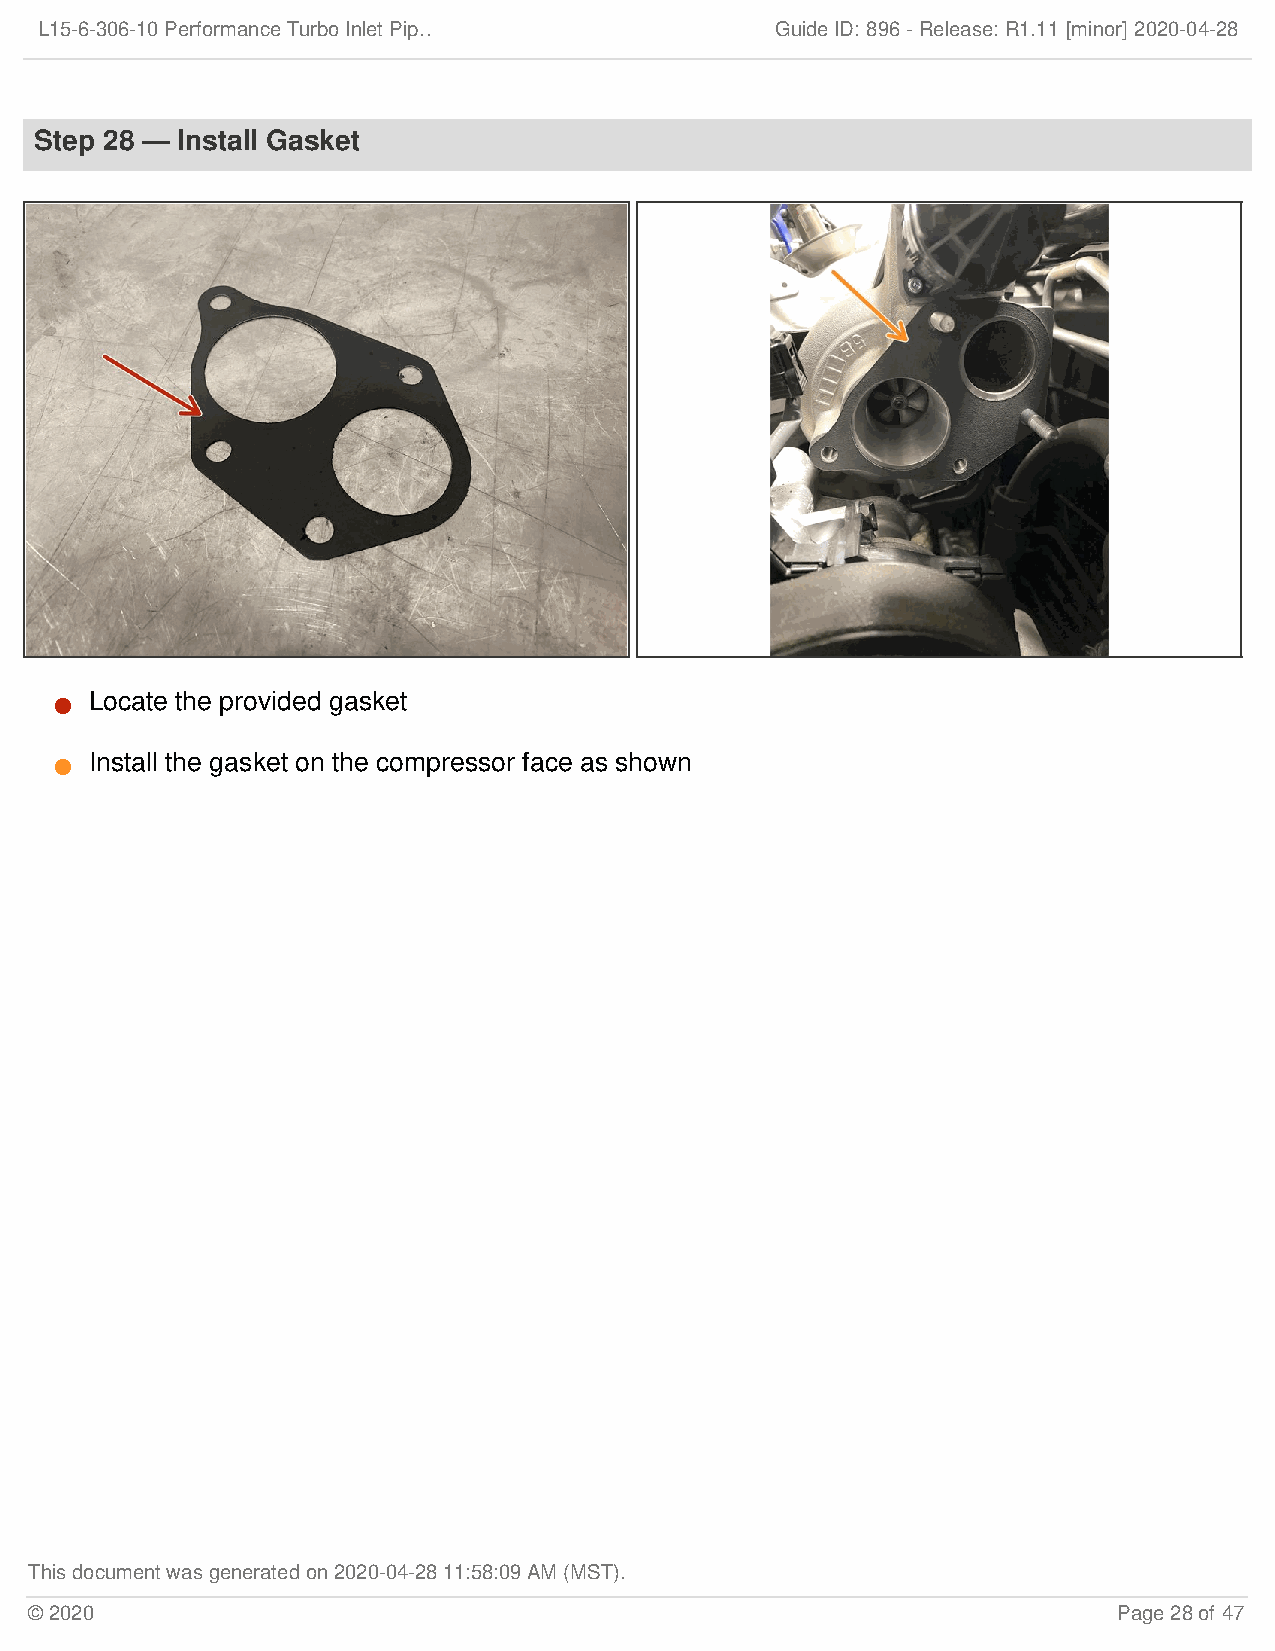
L15-6-306-10 Performance Turbo Inlet Pip…        Guide ID: 896 -Release:R1.11 [minor] 2020-04-28
 Step 28 — Install Gasket
 Locate the provided gasket
 
 Install the gasket on the compressor face as shown
 
 This document was generated on 2020-04-28 11:58:09 AM (MST).
 © 2020                                                                  Page 28 of 47